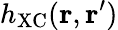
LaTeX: h_{\mathrm{XC}}(\mathbf{r},\mathbf{r}^{\prime})